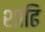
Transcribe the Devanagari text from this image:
शाढि